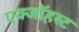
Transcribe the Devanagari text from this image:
एक्जाॅहस्ट